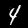
Label: 4